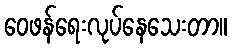
ဝေဖန်ရေးလုပ်နေသေးတာ။